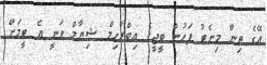
އޭގެ ތިން މިނެޓު ފަހުން ބީޖީގެ އިބްރާހިމް ޝިޔާމް ވަނީ އެ ޓީމަށް